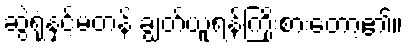
ဆွဲရုံနှင့်မတန် ချွတ်ယူရန်ကြိုးစားတော့၏။